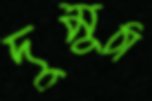
দুমুঠা